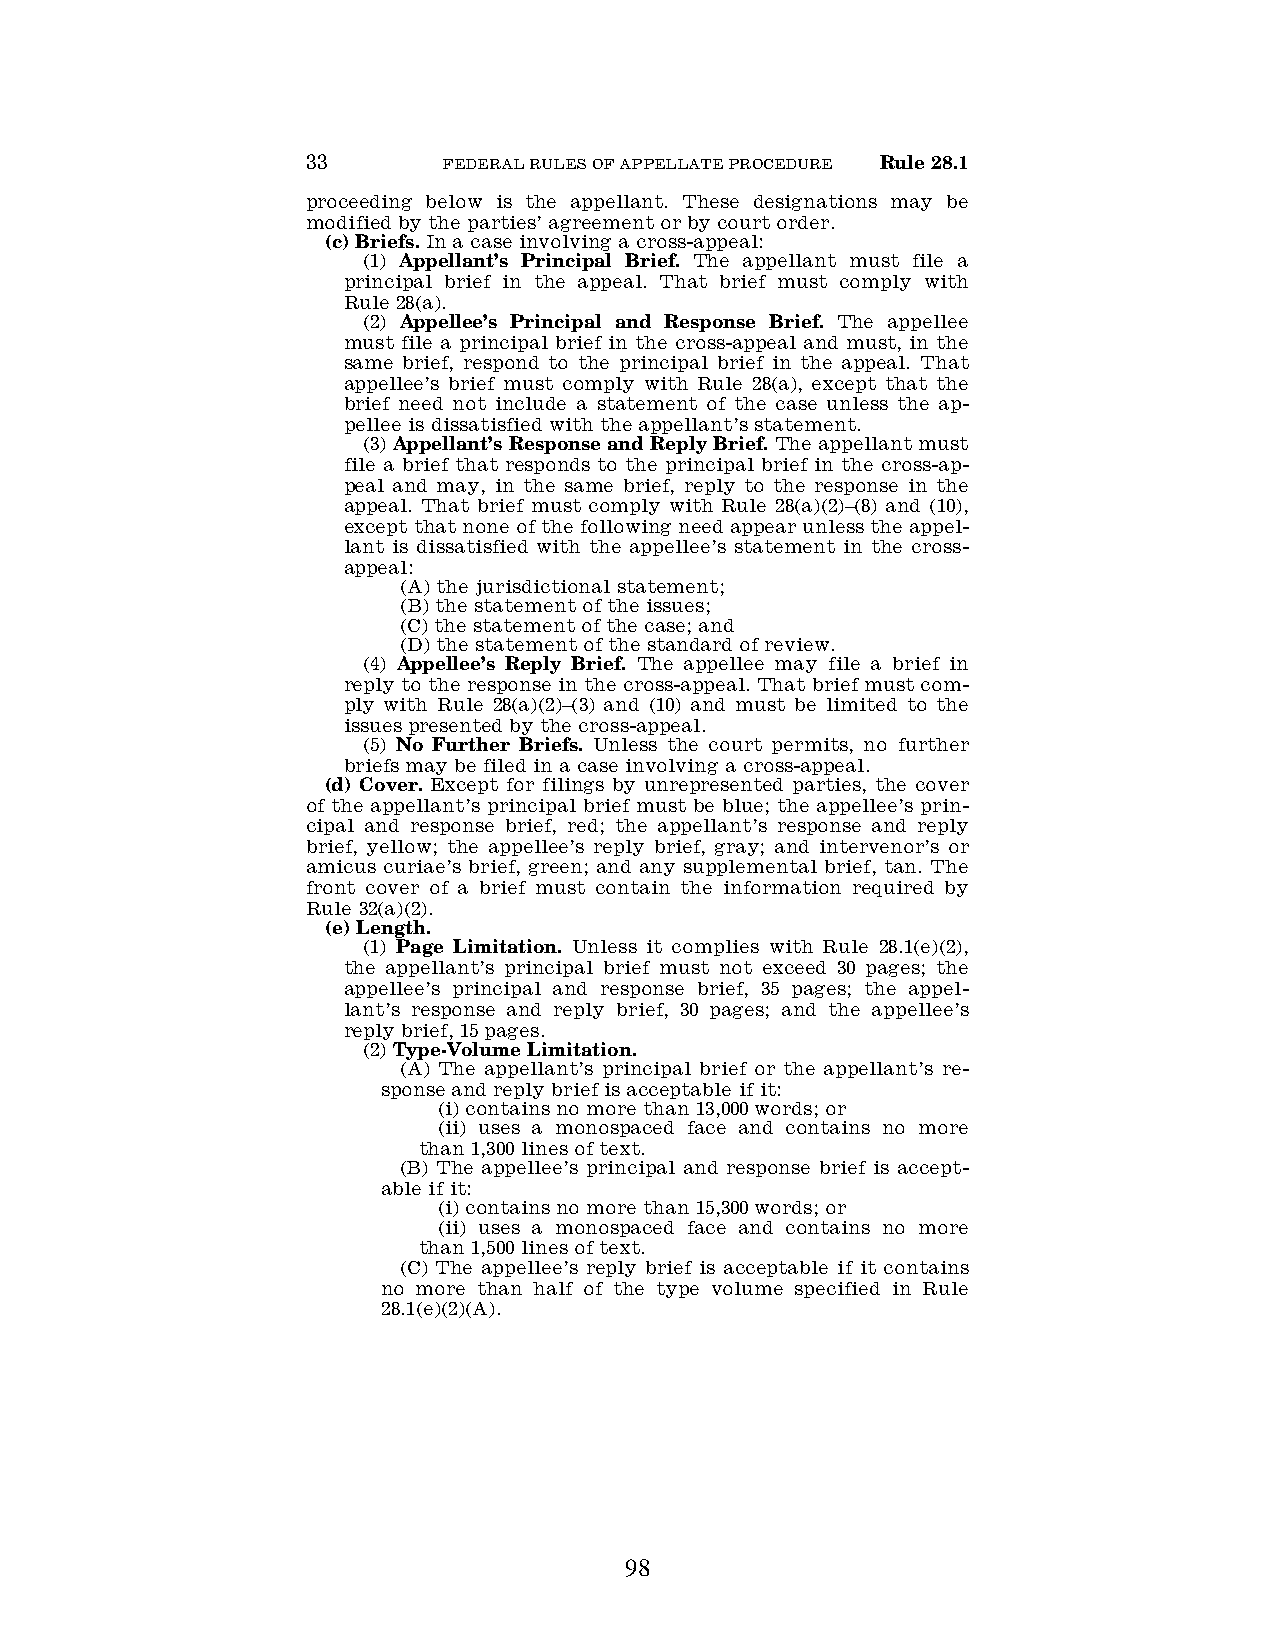
33       FEDERAL RULES OF APPELLATE PROCEDURE Rule 28.1
 proceeding below is the appellant. These designations may be
 modified by the parties’ agreement or by court order.
 (c) Briefs. In a case involving a cross-appeal:
 (1) Appellant’s Principal Brief. The appellant must file a
 principal brief in the appeal. That brief must comply with
 Rule 28(a).
 (2) Appellee’s Principal and Response Brief. The appellee
 must file a principal brief in the cross-appeal and must, in the
 same brief, respond to the principal brief in the appeal. That
 appellee’s brief must comply with Rule 28(a), except that the
 brief need not include a statement of the case unless the ap-
 pellee is dissatisfied with the appellant’s statement.
 (3) Appellant’s Response and Reply Brief. The appellant must
 file a brief that responds to the principal brief in the cross-ap-
 peal and may, in the same brief, reply to the response in the
 appeal. That brief must comply with Rule 28(a)(2)–(8) and (10),
 except that none of the following need appear unless the appel-
 lant is dissatisfied with the appellee’s statement in the cross-
 appeal:
 (A) the jurisdictional statement;
 (B) the statement of the issues;
 (C) the statement of the case; and
 (D) the statement of the standard of review.
 (4) Appellee’s Reply Brief. The appellee may file a brief in
 reply to the response in the cross-appeal. That brief must com-
 ply with Rule 28(a)(2)–(3) and (10) and must be limited to the
 issues presented by the cross-appeal.
 (5) No Further Briefs. Unless the court permits, no further
 briefs may be filed in a case involving a cross-appeal.
 (d) Cover. Except for filings by unrepresented parties, the cover
 of the appellant’s principal brief must be blue; the appellee’s prin-
 cipal and response brief, red; the appellant’s response and reply
 brief, yellow; the appellee’s reply brief, gray; and intervenor’s or
 amicus curiae’s brief, green; and any supplemental brief, tan. The
 front cover of a brief must contain the information required by
 Rule 32(a)(2).
 (e) Length.
 (1) Page Limitation. Unless it complies with Rule 28.1(e)(2),
 the appellant’s principal brief must not exceed 30 pages; the
 appellee’s principal and response brief, 35 pages; the appel-
 lant’s response and reply brief, 30 pages; and the appellee’s
 reply brief, 15 pages.
 (2) Type-Volume Limitation.
 (A) The appellant’s principal brief or the appellant’s re-
 sponse and reply brief is acceptable if it:
 (i) contains no more than 13,000 words; or
 (ii) uses a monospaced face and contains no more
 than 1,300 lines of text.
 (B) The appellee’s principal and response brief is accept-
 able if it:
 (i) contains no more than 15,300 words; or
 (ii) uses a monospaced face and contains no more
 than 1,500 lines of text.
 (C) The appellee’s reply brief is acceptable if it contains
 no more than half of the type volume specified in Rule
 28.1(e)(2)(A).
 98